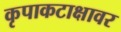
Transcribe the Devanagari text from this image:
कृपाकटाक्षावर